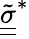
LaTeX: \tilde{\underline{{\underline{{\sigma}}}}}^{*}